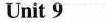
Unit9